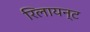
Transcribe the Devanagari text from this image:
रिलायन्ट